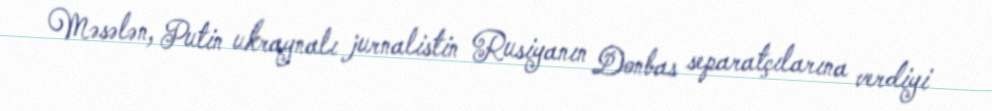
Məsələn, Putin ukraynalı jurnalistin Rusiyanın Donbas separatçılarına verdiyi